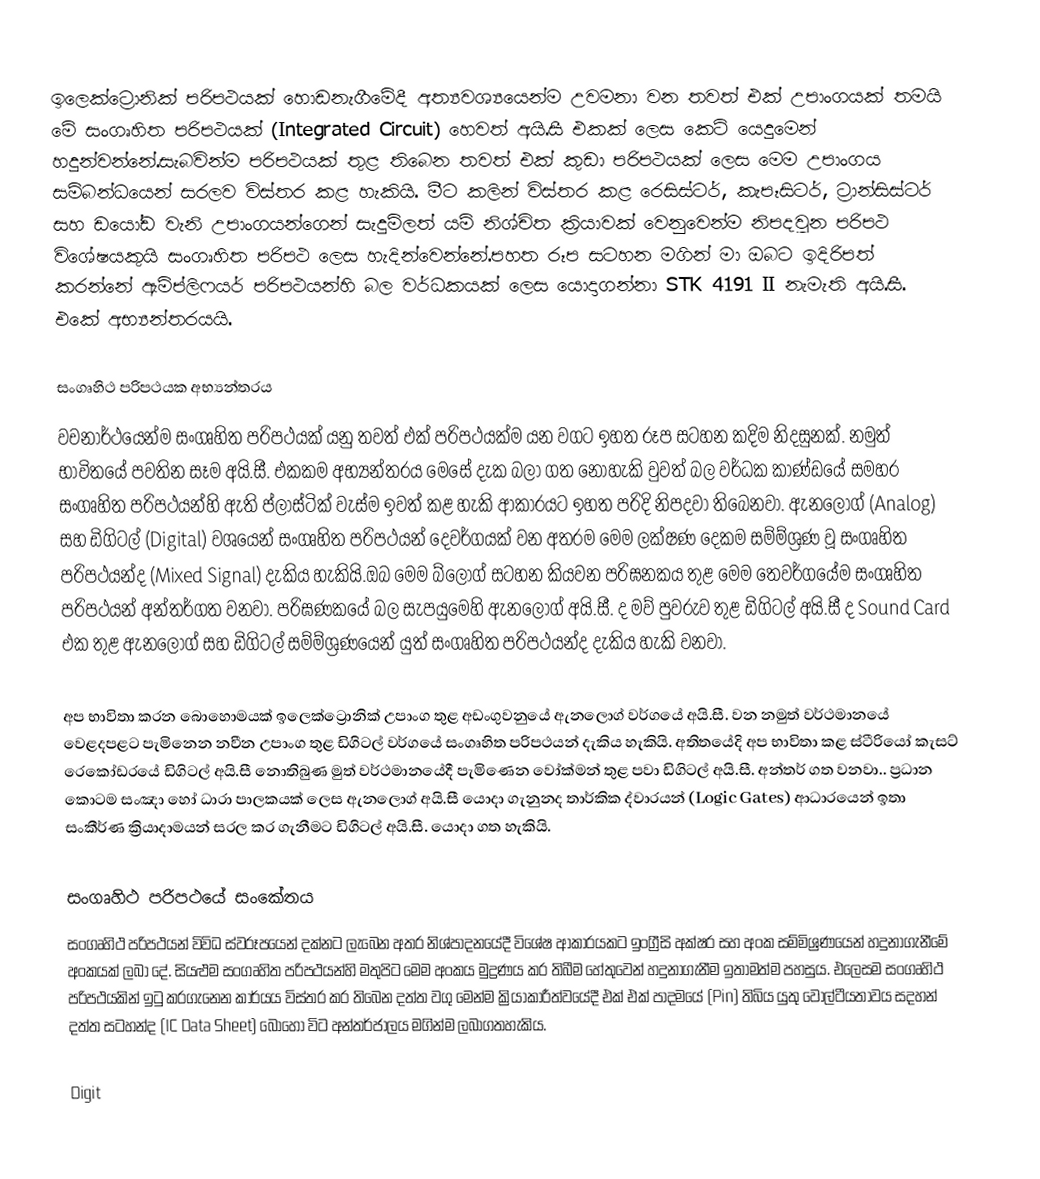
ඉලෙක්ට්‍රොනික් පරිපථයක් හොඩනැගීමේදී අත්‍යවශ්‍යයෙන්ම උවමනා වන තවත් එක් උපාංගයක් තමයි මේ සංගෘහිත පරිපථයක් (Integrated Circuit) හෙවත් අයි.සී එකක් ලෙස කෙටි යෙදුමෙන් හදුන්වන්නේ.සැබවින්ම පරිපථයක් තුළ තිබෙන තවත් එක් කුඩා පරිපථයක් ලෙස මෙම උපාංගය සම්බන්ධයෙන් සරලව විස්තර කළ හැකියි. මීට කලින් විස්තර කළ රෙසිස්ටර්, කැපෑසිටර්, ට්‍රාන්සිස්ටර් සහ ඩයෝඩ වැනි උපාංගයන්ගෙන් සැදුම්ලත් යම් නිශ්චිත ක්‍රියාවක් වෙනුවෙන්ම නිපදවුන පරිපථ විශේෂයකුයි සංගෘහිත පරිපථ ලෙස හැදින්වෙන්නේ.පහත රූප සටහන මගින් මා ඔබට ඉදිරිපත් කරන්නේ ඇම්ප්ලිෆයර් පරිපථයන්හි බල වර්ධකයක් ලෙස යොදාගන්නා STK 4191 II නැමැති අයි.සී. එකේ අභ්‍යන්තරයයි.

සංගෘහිථ පරිපථයක අභ්‍යන්තරය
වචනාර්ථයෙන්ම සංගෘහිත පරිපථයක් යනු තවත් එක් පරිපථයක්ම යන වගට ඉහත රූප සටහන කදිම නිදසුනක්. නමුත් භාවිතයේ පවතින සෑම අයි.සී. එකකම අභ්‍යන්තරය මෙසේ දැක බලා ගත නොහැකි වුවත් බල වර්ධක කාණ්ඩයේ සමහර සංගෘහිත පරිපථයන්හි ඇති ප්ලාස්ටික් වැස්ම ඉවත් කළ හැකි ආකාරයට ඉහත පරිදි නිපදවා තිබෙනවා. ඇනලොග් (Analog) සහ ඩිගිටල් (Digital) වශයෙන් සංගෘහිත පරිපථයන් දෙවර්ගයක් වන අතරම මෙම ලක්ෂණ දෙකම සම්ම්ශ්‍රණ වූ සංගෘහිත පරිපථයන්ද  (Mixed Signal) දැකිය හැකියි.ඔබ මෙම බ්ලොග් සටහන කියවන පරිඝනකය තුළ මෙම තෙවර්ගයේම සංගෘහිත පරිපථයන් අන්තර්ගත වනවා. පරිඝණකයේ බල සැපයුමෙහි ඇනලොග් අයි.සී. ද මව් පුවරුව තුළ ඩිගිටල් අයි.සී ද  Sound Card එක තුළ ඇනලොග් සහ ඩිගිටල් සම්ම්ශ්‍රණයෙන් යුත් සංගෘහිත පරිපථයන්ද දැකිය හැකි වනවා.

අප භාවිතා කරන බොහොමයක් ඉලෙක්ට්‍රොනික් උපාංග තුළ අඩංගුවනුයේ ඇනලොග් වර්ගයේ අයි.සී. වන නමුත් වර්ථමානයේ වෙළදපළට පැමිනෙන නවීන උපාංග තුළ ඩිගිටල් වර්ගයේ සංගෘහිත පරිපථයන් දැකිය හැකියි. අතිතයේදි අප භාවිතා කළ ස්ටීරියෝ කැසට් රෙකෝඩරයේ ඩිගිටල් අයි.සී නොතිබුණ මුත් වර්ථමානයේදී පැමිණෙන වෝක්මන් තුළ පවා ඩිගිටල් අයි.සී. අන්තර් ගත වනවා.. ප්‍රධාන කොටම සංඤා හෝ ධාරා පාලකයක් ලෙස ඇනලොග් අයි.සී යොදා ගැනුනද තාර්කික ද්වාරයන් (Logic Gates) ආධාරයෙන් ඉතා සංකීර්ණ ක්‍රියාදාමයන් සරල කර ගැනීමට ඩිගිටල් අයි.සී. යොදා ගත හැකියි.

සංගෘහිථ පරිපථයේ සංකේතය
සංගෘහිථ පරිපථයන් විවිධ ස්වරූපයෙන් දක්නට ලැබෙන අතර නිශ්පාදනයේදී විශේෂ ආකාරයකට ඉංග්‍රීසි අක්ෂර සහ අංක සම්මිශ්‍රණයෙන් හදුනාගැනීමේ අංකයක් ලබා දේ. සියළුම සංගෘහිත පරිපථයන්හි මතුපිට මෙම අංකය මුද්‍රණය කර තිබීම හේතුවෙන් හදුනාගැනීම ඉතාමත්ම පහසුය. එලෙසම සංගෘහිථ පරිපථයකින් ඉටු කරගැනෙන කාර්යය විස්තර කර තිබෙන දත්ත වගු මෙන්ම ක්‍රියාකාරීත්වයේදී එක් එක් පාදමයේ (Pin) තිබිය යුතු වෝල්ටීයතාවය සදහන් දත්ත සටහන්ද (IC Data Sheet) බොහෝ විට අන්තර්ජාලය මගින්ම ලබාගතහැකිය.

Digit